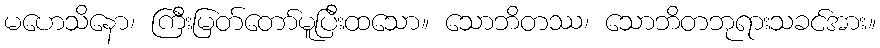
မဟေသိနော၊ ကြီးမြတ်တော်မူပြီးထသော။ သောဘိတဿ၊ သောဘိတဘုရားသခင်အား။